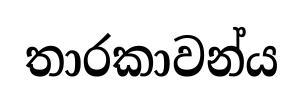
තාරකාවන්ය